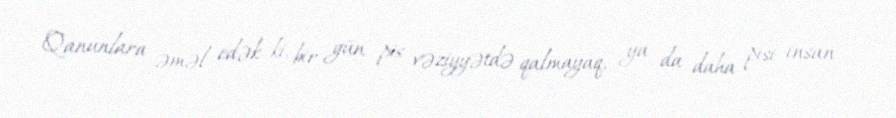
Qanunlara əməl edək ki, bir gün pis vəziyyətdə qalmayaq, ya da daha pisi insan